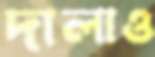
দালাও